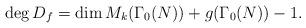
LaTeX: \begin{align*}\deg D_f=\dim M_k(\Gamma_0(N))+g(\Gamma_0(N))-1.\end{align*}